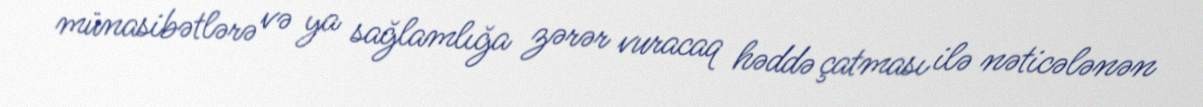
münasibətlərə və ya sağlamlığa zərər vuracaq həddə çatması ilə nəticələnən